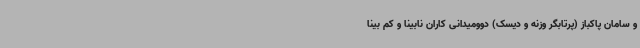
و سامان پاکباز (پرتابگر وزنه و دیسک) دوومیدانی کاران نابینا و کم بینا